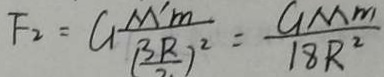
F _ { 2 } = G \frac { M ^ { \prime } m } { ( \frac { 3 R } { 2 } ) ^ { 2 } } = \frac { G M m } { 1 8 R ^ { 2 } }